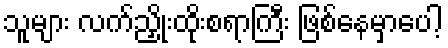
သူများ လက်ညှိုးထိုးစရာကြီး ဖြစ်နေမှာပေါ့